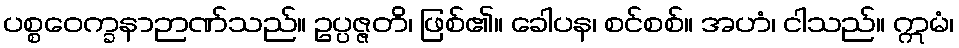
ပစ္စဝေက္ခနာဉာဏ်သည်။ ဥပ္ပဇ္ဇတိ၊ ဖြစ်၏။ ခေါပန၊ စင်စစ်။ အဟံ၊ ငါသည်။ ဣမံ၊